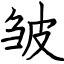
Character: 皱